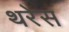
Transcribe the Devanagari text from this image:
थरेस